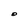
Character: O